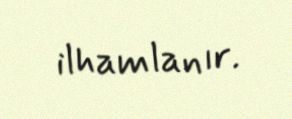
ilhamlanır.